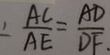
\therefore \frac { A C } { A E } = \frac { A D } { D F }